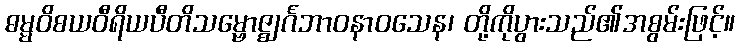
ဓမ္မဝိစယဝီရိယပီတိသမ္ဗောဇ္ဈင်္ဂဘာဝနာဝသေန၊ တို့ကိုပွားသည်၏အစွမ်းဖြင့်။